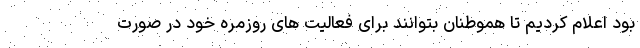
بود اعلام کردیم تا هموطنان بتوانند برای فعالیت های روزمره خود در صورت